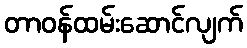
တာဝန်ထမ်းဆောင်လျက်